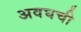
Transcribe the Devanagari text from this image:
अवघची